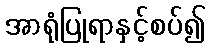
အာရုံပြုရာနှင့်စပ်၍